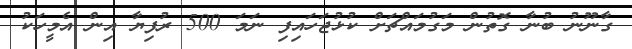
ގާނޫނު ބުނާ ގޮތުން މަގުމައްޗަށް ކުޅުޖަހައިފި ނަމަ 500 ރުފިޔާ އިން އެމީހަކު